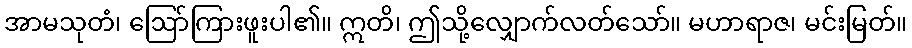
အာမသုတံ၊ ဩော်ကြားဖူးပါ၏။ ဣတိ၊ ဤသို့လျှောက်လတ်သော်။ မဟာရာဇ၊ မင်းမြတ်။